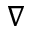
\nabla